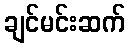
ချင်မင်းဆက်